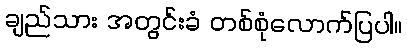
ချည်သား အတွင်းခံ တစ်စုံလောက်ပြပါ။